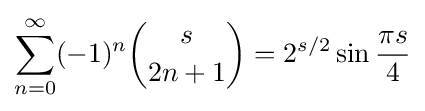
\sum _{n=0}^{\infty }(-1)^{n}{s \choose 2n+1}=2^{s/2}\sin {\frac {\pi s}{4}}